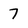
Character: 7